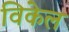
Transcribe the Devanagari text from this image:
विकेल